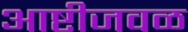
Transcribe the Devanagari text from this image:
आष्टीजवळ